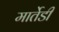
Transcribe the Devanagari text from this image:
मार्तेडी